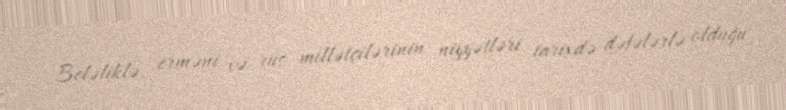
Beləliklə, erməni və rus millətçilərinin niyyətləri tarixdə dəfələrlə olduğu